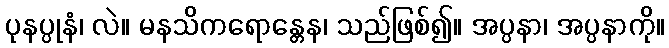
ပုနပ္ပုနံ၊ လဲ။ မနသိကရောန္တေန၊ သည်ဖြစ်၍။ အပ္ပနာ၊ အပ္ပနာကို။